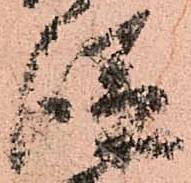
従